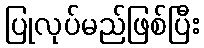
ပြုလုပ်မည်ဖြစ်ပြီး